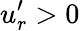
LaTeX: u_{r}^{\prime}>0